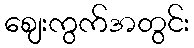
ဈေးကွက်အတွင်း